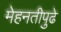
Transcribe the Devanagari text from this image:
मेहनतीपुढे